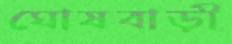
ঘোষবাড়ী